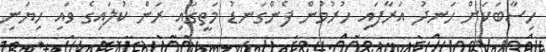
ހިސާބަކަށް ހަނދު އަރާފައި ހުރުމުން ފެންގަނޑު މަތީގައި ރަން ކުލައިގެ ވައި ހިޔަނި